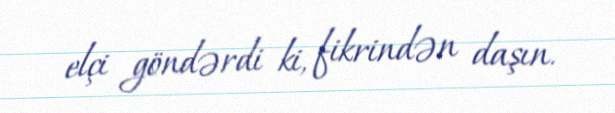
elçi göndərdi ki, fikrindən daşın.